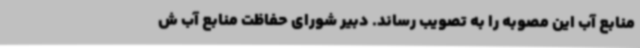
منابع آب این مصوبه را به تصویب رساند. دبیر شورای حفاظت منابع آب ش